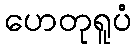
ဟေတုရူပံ